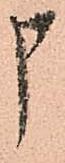
申